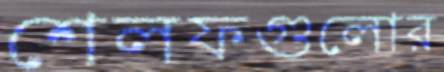
শেলফগুলোর